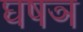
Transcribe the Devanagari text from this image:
घषञ